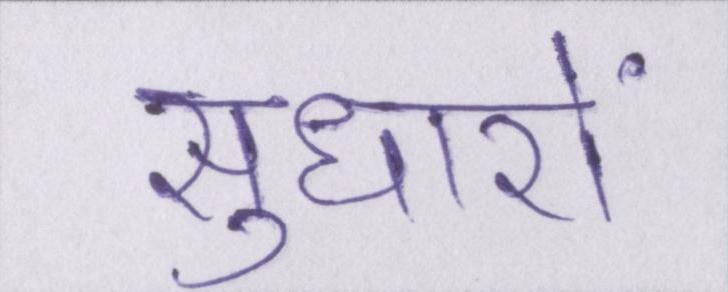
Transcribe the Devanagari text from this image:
सुधारों